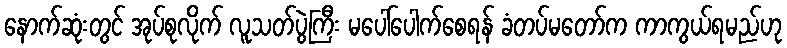
နောက်ဆုံးတွင် အုပ်စုလိုက် လူသတ်ပွဲကြီး မပေါ်ပေါက်စေရန် ခံတပ်မတော်က ကာကွယ်ရမည်ဟု